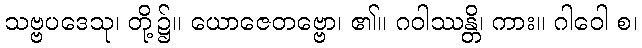
သဗ္ဗပဒေသု၊ တို့၌။ ယောဇေတဗ္ဗော၊ ၏။ ဂဝါဿန္တိ၊ ကား။ ဂါဝေါ စ၊